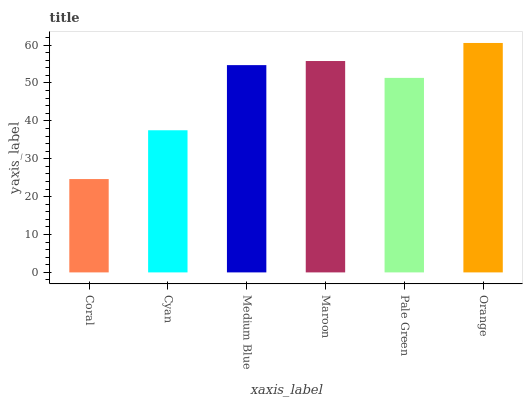
| xaxis_label | bars |
 | --- | --- |
 | Coral | 24.6 |
 | Cyan | 37.5 |
 | Medium Blue | 54.7 |
 | Maroon | 55.8 |
 | Pale Green | 51.3 |
 | Orange | 60.6 |